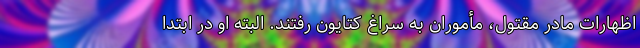
اظهارات مادر مقتول، مأموران به سراغ کتایون رفتند. البته او در ابتدا